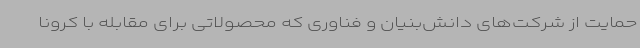
حمایت از شرکت‌های دانش‌بنیان و فناوری که محصولاتی برای مقابله با کرونا